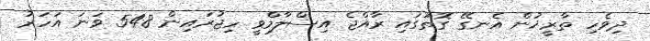
ދިވެހި ތާރީޚުން އެނގޭ ގޮތުގައި ރާއްޖެ އިސްލާމްވީ ހިޖުރައިން 548 ވަނަ އަހަރު